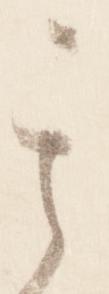
其